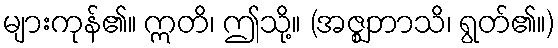
များကုန်၏။ ဣတိ၊ ဤသို့။ (အဇ္ဈဘာသိ၊ ရွတ်၏။)